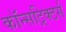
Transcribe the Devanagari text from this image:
कॉन्सट्रिक्टर्स